system: You are a helpful assistant.
user:
Analyze the provided spectrum to determine if it is a **Carbon Star (C-type)**.

- **Key Visual Indicators of Carbon Star:**
    - **(Primary):** Strong molecular absorption from **C₂ (diatomic carbon) "Swan Bands."** This is the **defining feature** of a carbon star.
        - **(Key Bandheads):** Sharp absorption edges are visible at approximately $5635$ Å, $5165$ Å (the strongest band), and $4737$ Å.
        - **(Line Profile):** Creates a distinct **"saw-tooth"** pattern. The key morphology is a sharp, steep bandhead on the **red (long-wavelength) side**, which then gradually tapers off (i.e., flux recovers) towards the **blue (short-wavelength) side**. *(This is the direct opposite of the TiO bands seen in M-type stars)*.

    - **(Secondary):** Intense **CN (cyanogen)** molecular absorption bands.
        - **(Key Bandheads):** Located in the blue and violet regions of the spectrum (e.g., near $4215$ Å and $3883$ Å).
        - **(Morphology):** These bands are extremely broad and act as a "blanket," absorbing the vast majority of blue and violet light. This creates a characteristic **"cliff"** or **"steep drop-off"** in the spectrum's flux at short wavelengths.

    - **(Key Confirmation):** Strong **CH absorption band (G-band)**.
        - **(Key Bandhead):** Located around $4300$ Å. The contribution from CH molecules to this band is exceptionally strong.

    - **(Overall Spectrum):**
        - The continuum is severely "chopped up" by these deep molecular bands, especially C₂, rather than appearing as a smooth curve.
        - Due to the heavy CN and C₂ absorption in the blue-green, the vast majority of the star's flux is concentrated in the red part of the spectrum, giving the star its characteristic deep red color.

Think first, call **spectral_visualization_tool** if needed to examine features in detail, then provide your final answer. Your response must adhere to the following strict rules:
1.  **Overall Structure:** Your response must follow the format `<think>...</think> <tool_call>...</tool_call> (if a tool is used) <answer>...</answer>`.
2.  **Tool Usage Constraint:** You may only make **one** tool call per turn.
3.  **Final Answer Format:** In the `<answer>` tag, your conclusion must be inside a `\boxed{}` command (e.g., `\boxed{YES}`), followed by your justification.

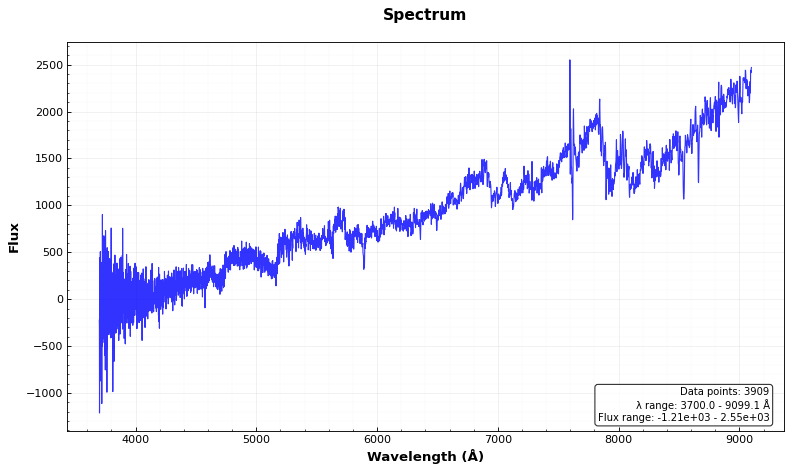
Answer: YES